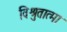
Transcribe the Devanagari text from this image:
विश्रुतात्मा